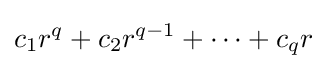
c_{1}r^{q}+c_{2}r^{q-1}+\cdots +c_{q}r